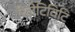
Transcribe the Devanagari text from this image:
रिलेटिविटि